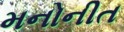
મનોનીત